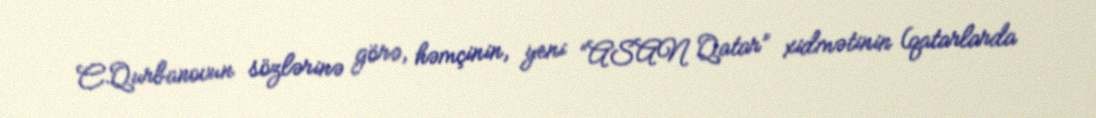
C.Qurbanovun sözlərinə görə, həmçinin, yeni “ASAN Qatar” xidmətinin (qatarlarda